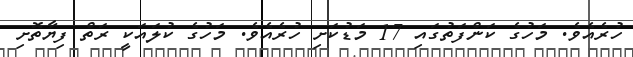
ހުރެއެވެ. މަހުގެ ކަންފަތުގައި 17 މަޑުކަށި ހުރެއެވެ. މަހުގެ ކުލައަކީ ރަތް ފިޔާތޮށި